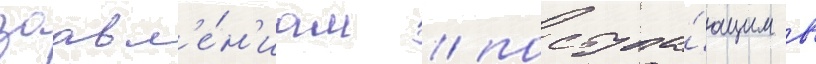
заавл'е́н'иам / поступа́ющим в